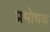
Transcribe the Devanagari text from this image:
प्रभोधक